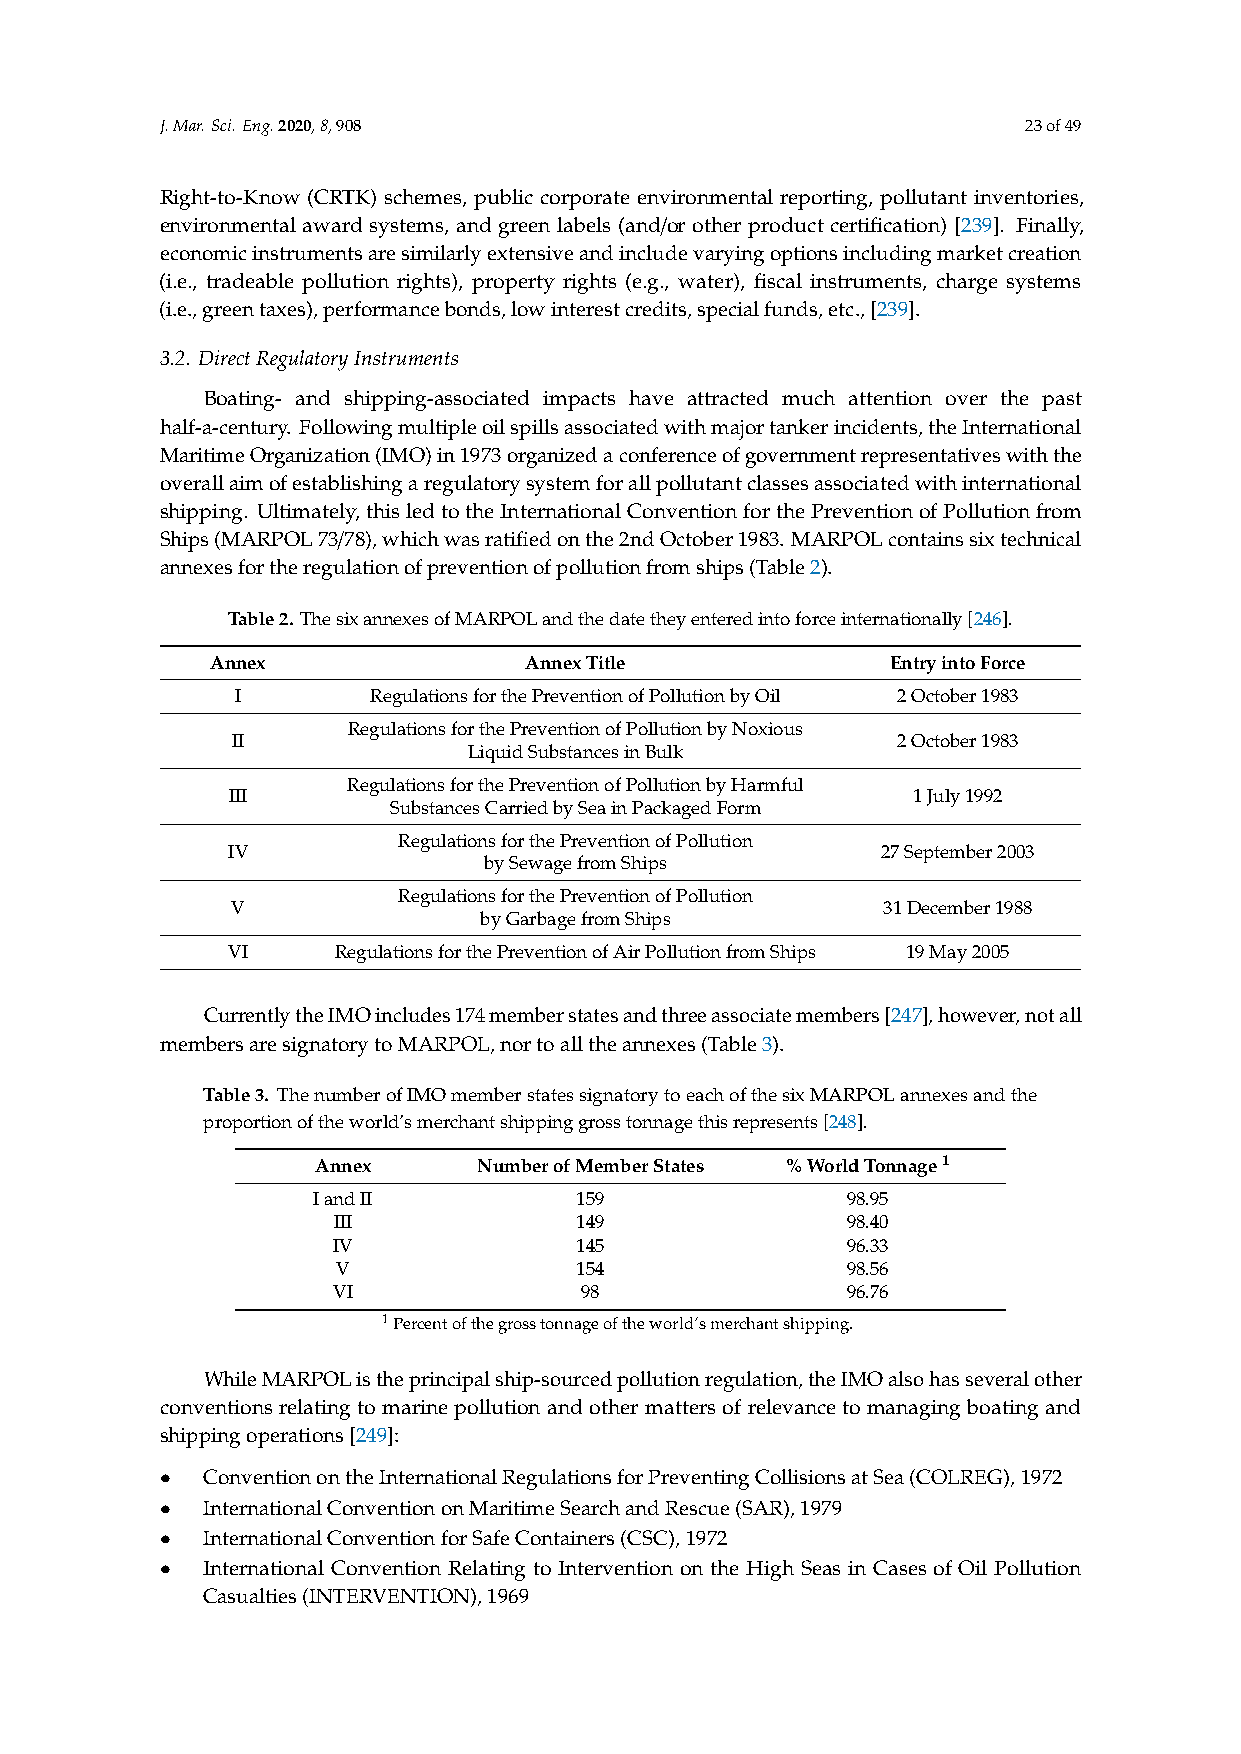
J.Mar.Sci.Eng.2020,8,908                                 23of49
 Right-to-Know (CRTK) schemes, public corporate environmental reporting, pollutant inventories,
 environmental award systems, and green labels (and/or other product certification) [239]. Finally,
 economicinstrumentsaresimilarlyextensiveandincludevaryingoptionsincludingmarketcreation
 (i.e., tradeable pollution rights), property rights (e.g., water), fiscal instruments, charge systems
 (i.e.,greentaxes),performancebonds,lowinterestcredits,specialfunds,etc.,[239].
 3.2. DirectRegulatoryInstruments
 Boating- and shipping-associated impacts have attracted much attention over the past
 half-a-century. Followingmultipleoilspillsassociatedwithmajortankerincidents,theInternational
 MaritimeOrganization(IMO)in1973organizedaconferenceofgovernmentrepresentativeswiththe
 overallaimofestablishingaregulatorysystemforallpollutantclassesassociatedwithinternational
 shipping. Ultimately,thisledtotheInternationalConventionforthePreventionofPollutionfrom
 Ships(MARPOL73/78),whichwasratifiedonthe2ndOctober1983. MARPOLcontainssixtechnical
 annexesfortheregulationofpreventionofpollutionfromships(Table2).
 Table2. ThesixannexesofMARPOLandthedatetheyenteredintoforceinternationally[246].
 Annex                AnnexTitle              EntryintoForce
 I        RegulationsforthePreventionofPollutionbyOil 2October1983
 RegulationsforthePreventionofPollutionbyNoxious
 II                                          2October1983
 LiquidSubstancesinBulk
 RegulationsforthePreventionofPollutionbyHarmful
 III                                          1July1992
 SubstancesCarriedbySeainPackagedForm
 RegulationsforthePreventionofPollution
 IV                                         27September2003
 bySewagefromShips
 RegulationsforthePreventionofPollution
 V                                          31December1988
 byGarbagefromShips
 VI     RegulationsforthePreventionofAirPollutionfromShips 19May2005
 CurrentlytheIMOincludes174memberstatesandthreeassociatemembers[247],however,notall
 membersaresignatorytoMARPOL,nortoalltheannexes(Table3).
 Table3. ThenumberofIMOmemberstatessignatorytoeachofthesixMARPOLannexesandthe
 proportionoftheworld’smerchantshippinggrosstonnagethisrepresents[248].
 Annex      NumberofMemberStates %WorldTonnage1
 IandII           159               98.95
 III             149               98.40
 IV              145               96.33
 V               154               98.56
 VI              98                96.76
 1Percentofthegrosstonnageoftheworld’smerchantshipping.
 WhileMARPOListheprincipalship-sourcedpollutionregulation,theIMOalsohasseveralother
 conventions relating to marine pollution and other matters of relevance to managing boating and
 shippingoperations[249]:
 • ConventionontheInternationalRegulationsforPreventingCollisionsatSea(COLREG),1972
 • InternationalConventiononMaritimeSearchandRescue(SAR),1979
 • InternationalConventionforSafeContainers(CSC),1972
 • International Convention Relating to Intervention on the High Seas in Cases of Oil Pollution
 Casualties(INTERVENTION),1969